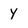
Character: y